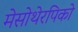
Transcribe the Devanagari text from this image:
मेसोथेरपिको